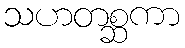
သဟတစ္ဆကာ